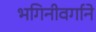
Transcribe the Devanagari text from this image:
भगिनीवर्गाने